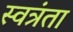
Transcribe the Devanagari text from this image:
स्वत्रंता